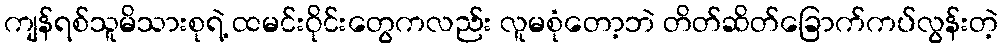
ကျန်ရစ်သူမိသားစုရဲ့ ထမင်းဝိုင်းတွေကလည်း လူမစုံတော့ဘဲ တိတ်ဆိတ်ခြောက်ကပ်လွန်းတဲ့